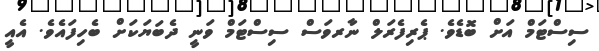
ސިސްޓަމް އަށް ބޮޑެވެ. ޕެރިފެރަލް ނާރވަސް ސިސްޓަމް ވަނީ ދެބަޔަކަށް ބެހިފައެވެ. އެއީ